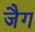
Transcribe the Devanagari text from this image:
जैग